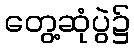
တွေ့ဆုံပွဲ၌